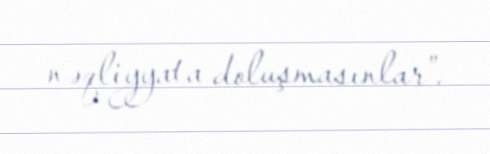
nəqliyyata doluşmasınlar”.